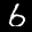
Label: 6